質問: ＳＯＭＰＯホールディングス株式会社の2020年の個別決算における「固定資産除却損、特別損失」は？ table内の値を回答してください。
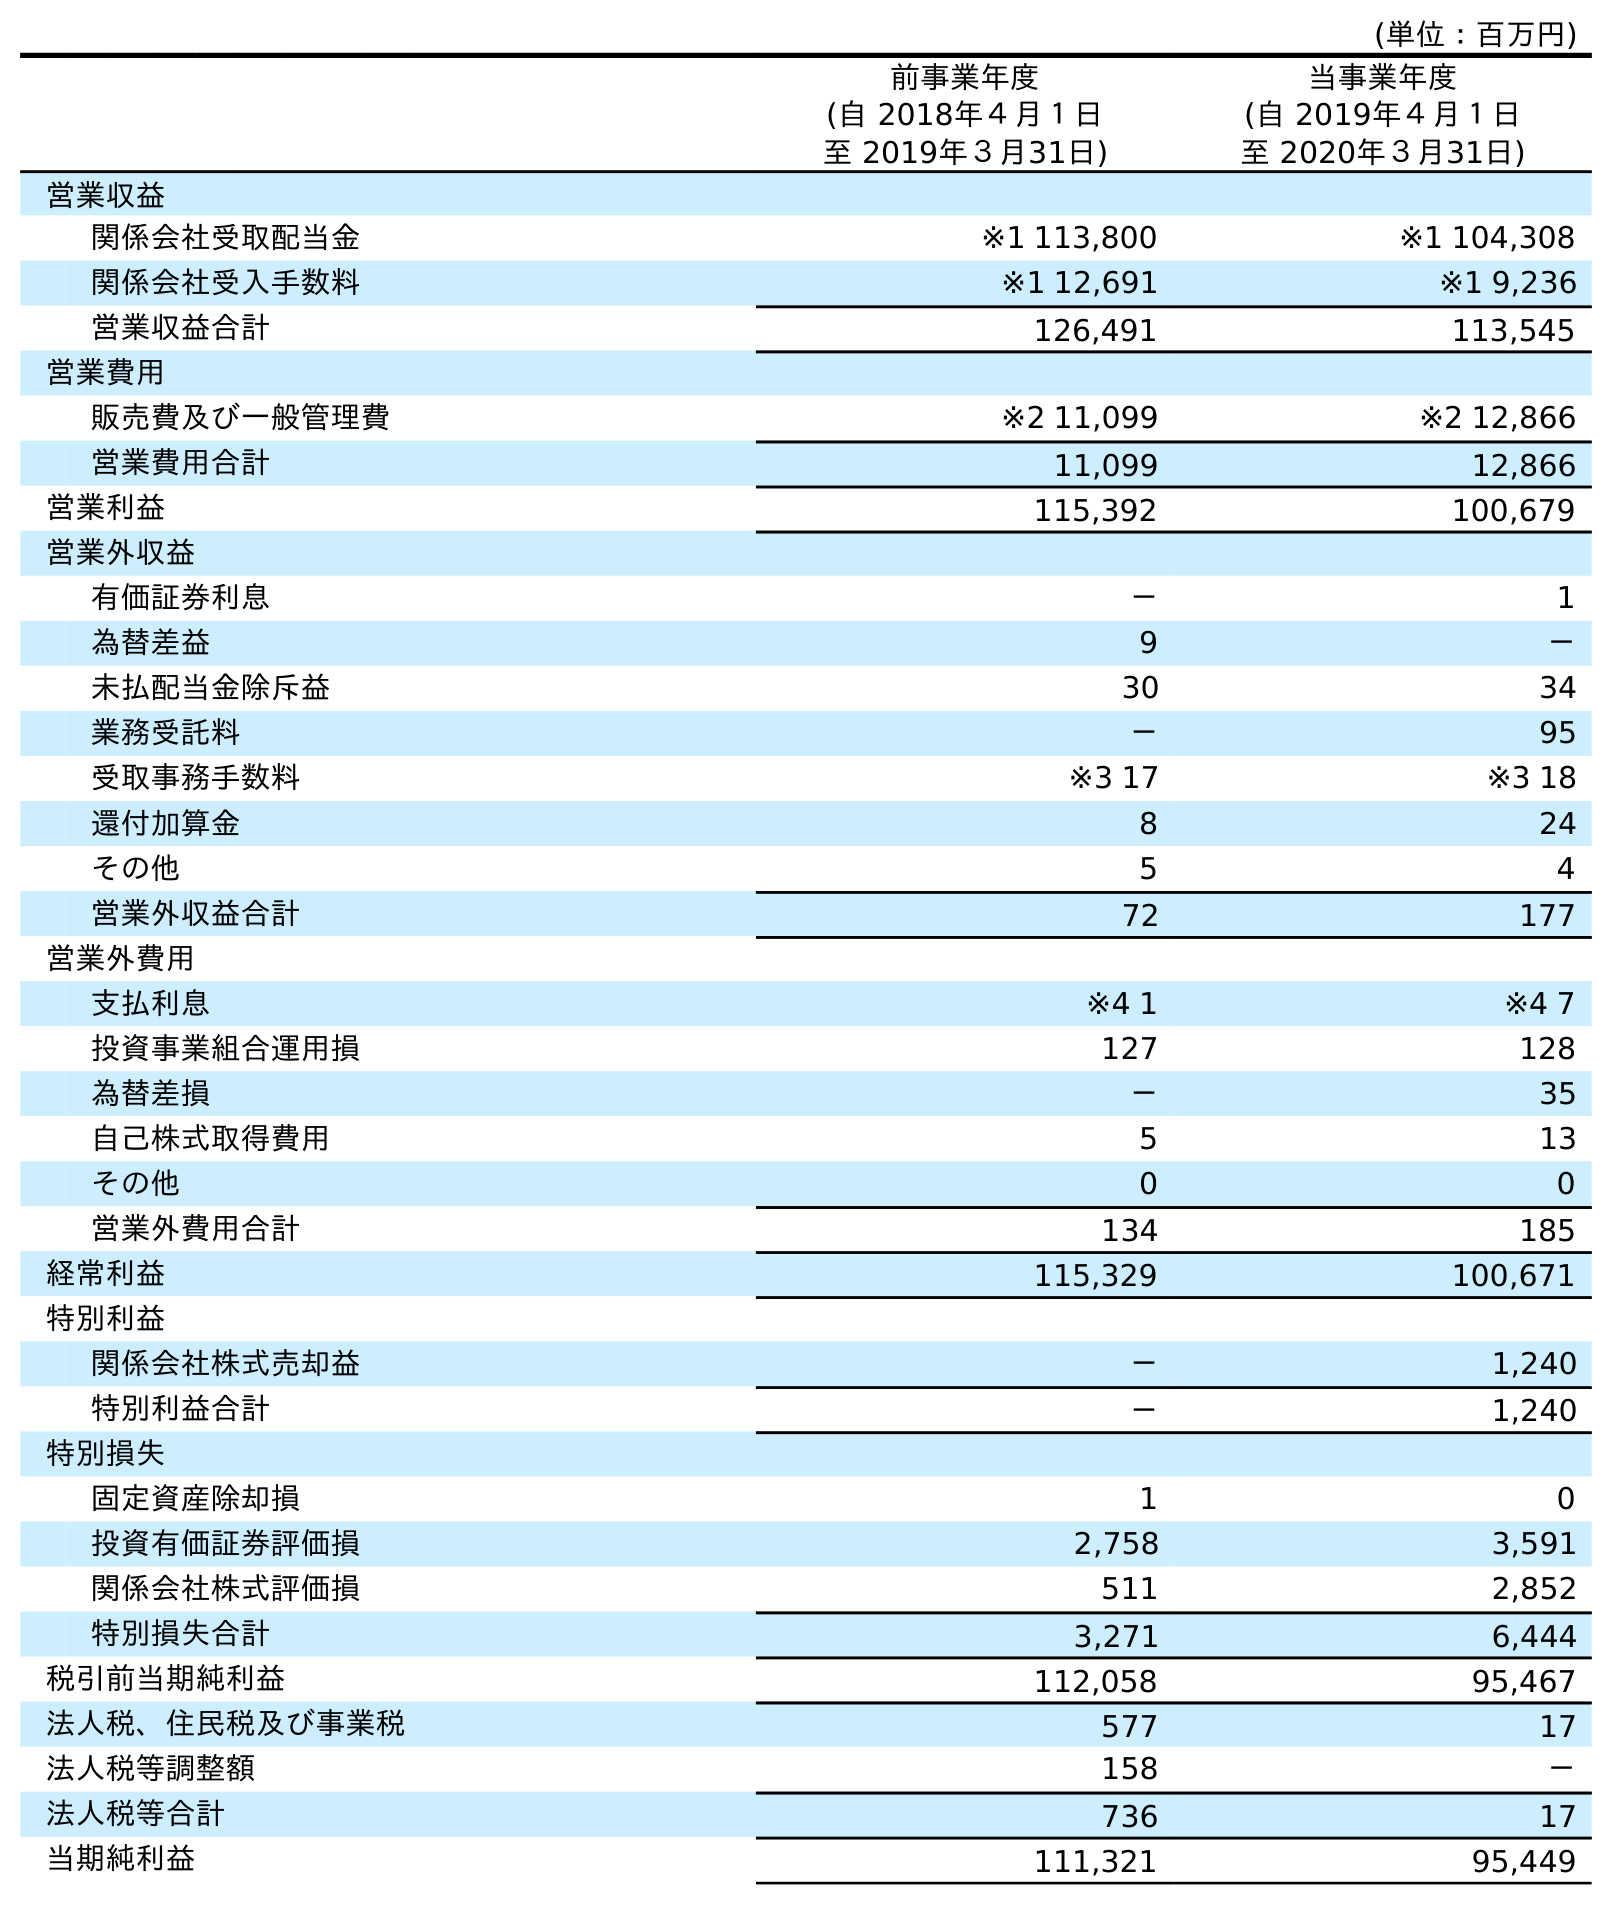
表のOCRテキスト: (単位：百万円) 前事業年度 (自 2018年４月１日 至 2019年３月31日) 当事業年度 (自 2019年４月１日 至 2020年３月31日) 営業収益 関係会社受取配当金 ※1 113,800 ※1 104,308 関係会社受入手数料 ※1 12,691 ※1 9,236 営業収益合計 126,491 113,545 営業費用 販売費及び一般管理費 ※2 11,099 ※2 12,866 営業費用合計 11,099 12,866 営業利益 115,392 100,679 営業外収益 有価証券利息 － 1 為替差益 9 － 未払配当金除斥益 30 34 業務受託料 － 95 受取事務手数料 ※3 17 ※3 18 還付加算金 8 24 その他 5 4 営業外収益合計 72 177 営業外費用 支払利息 ※4 1 ※4 7 投資事業組合運用損 127 128 為替差損 － 35 自己株式取得費用 5 13 その他 0 0 営業外費用合計 134 185 経常利益 115,329 100,671 特別利益 関係会社株式売却益 － 1,240 特別利益合計 － 1,240 特別損失 固定資産除却損 1 0 投資有価証券評価損 2,758 3,591 関係会社株式評価損 511 2,852 特別損失合計 3,271 6,444 税引前当期純利益 112,058 95,467 法人税、住民税及び事業税 577 17 法人税等調整額 158 － 法人税等合計 736 17 当期純利益 111,321 95,449
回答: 0